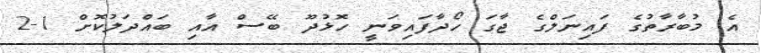
އެ މުބާރާތުގެ ފައިނަލްގެ ޖާގަ ހޯދާފައިވަނީ ހޮޅުދޫ ބޭސް އާއި ބައްދަލުކޮށް 1-2